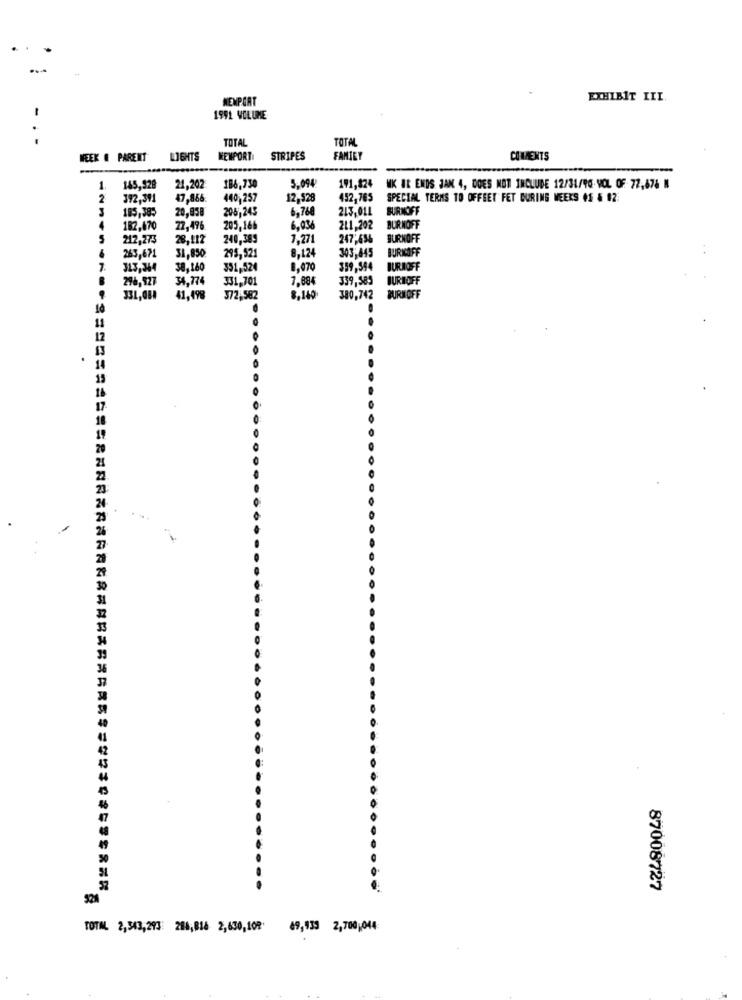
NEWPORT
EXHIBIT III
-
1991 VOLUME
TOTAL
TOTAL
WEEK . PARENT
LIGHTS
KENPORT
STRIPES
FAMILY
COMMENTS
1
145,529
21,202
186,730
5.094
191,824
MK BR ENDS JAK 4, DOES NOT INCLUDE 12/31/96- VOL OF 72,676 N
2
392,391
47.856
440,257
12.528
452,765
SPECIAL TERMS TO OFFEET FET DURING WEEKS (S & #2.
20,858
206,245
6,760
213,011
BURNOFF
185,385
4
182,470
77.496
205.166
6,036
211,202
BURNOFF
5
212,273
28.212
240,389
7,271
247,654
BURNOFF
8,124
265,671
31,850
295,521
303,445
313,344
38.160
351,524
8,070
359,544
TURNOFF
296,527
34,774
331,701
7,884
339,585
BURHOFF
331,081
41,498
372,582
8,140
380,742
BURHOFF
11
14
58
87008727
524
TOTAL 2,543,293: 208,816 2,430,109 49,933 2,700,044